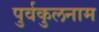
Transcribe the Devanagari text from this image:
पुर्वकुलनाम